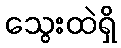
သွေးထဲရှိ